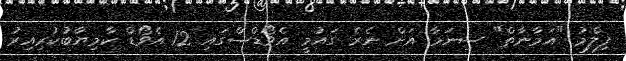
ފިލްމު "އަމާނާތް" ސިނަމާ އަށް ނެރެ ގައުމީ އެވޯޑްސްގައި 12 އެވޯޑް ކާމިޔާބުކުރިއިރު